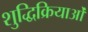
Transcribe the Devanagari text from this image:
शुद्धिक्रियाओं